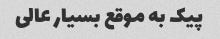
پیک به موقع بسیار عالی